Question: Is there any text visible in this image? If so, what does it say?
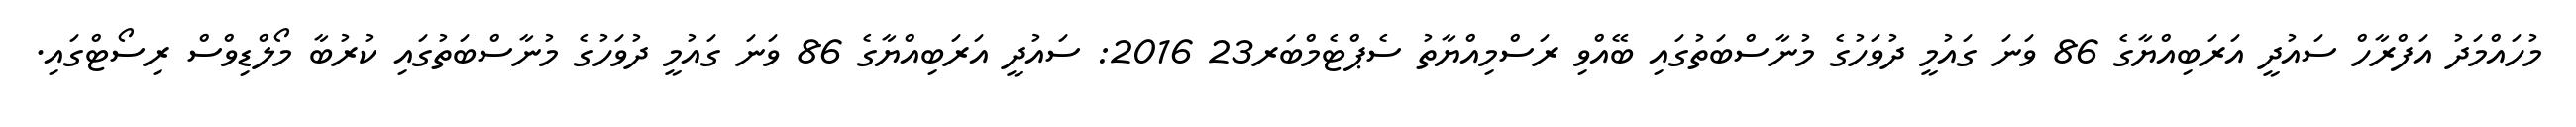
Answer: މުހައްމަދު އަފްރާހް ސައުދީ އަރަބިއްޔާގެ 86 ވަނަ ގައުމީ ދުވަހުގެ މުނާސްބަތުގައި ބޭއްވި ރަސްމިއްޔާތު ސެޕްޓެމްބަރ23 2016: ސައުދީ އަރަބިއްޔާގެ 86 ވަނަ ގައުމީ ދުވަހުގެ މުނާސްބަތުގައި ކުރުބާ މޯލްޑިވްސް ރިސޯޓްގައި.